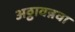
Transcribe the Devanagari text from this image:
अठ्ठावन्नवा